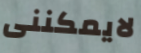
لايمكننى